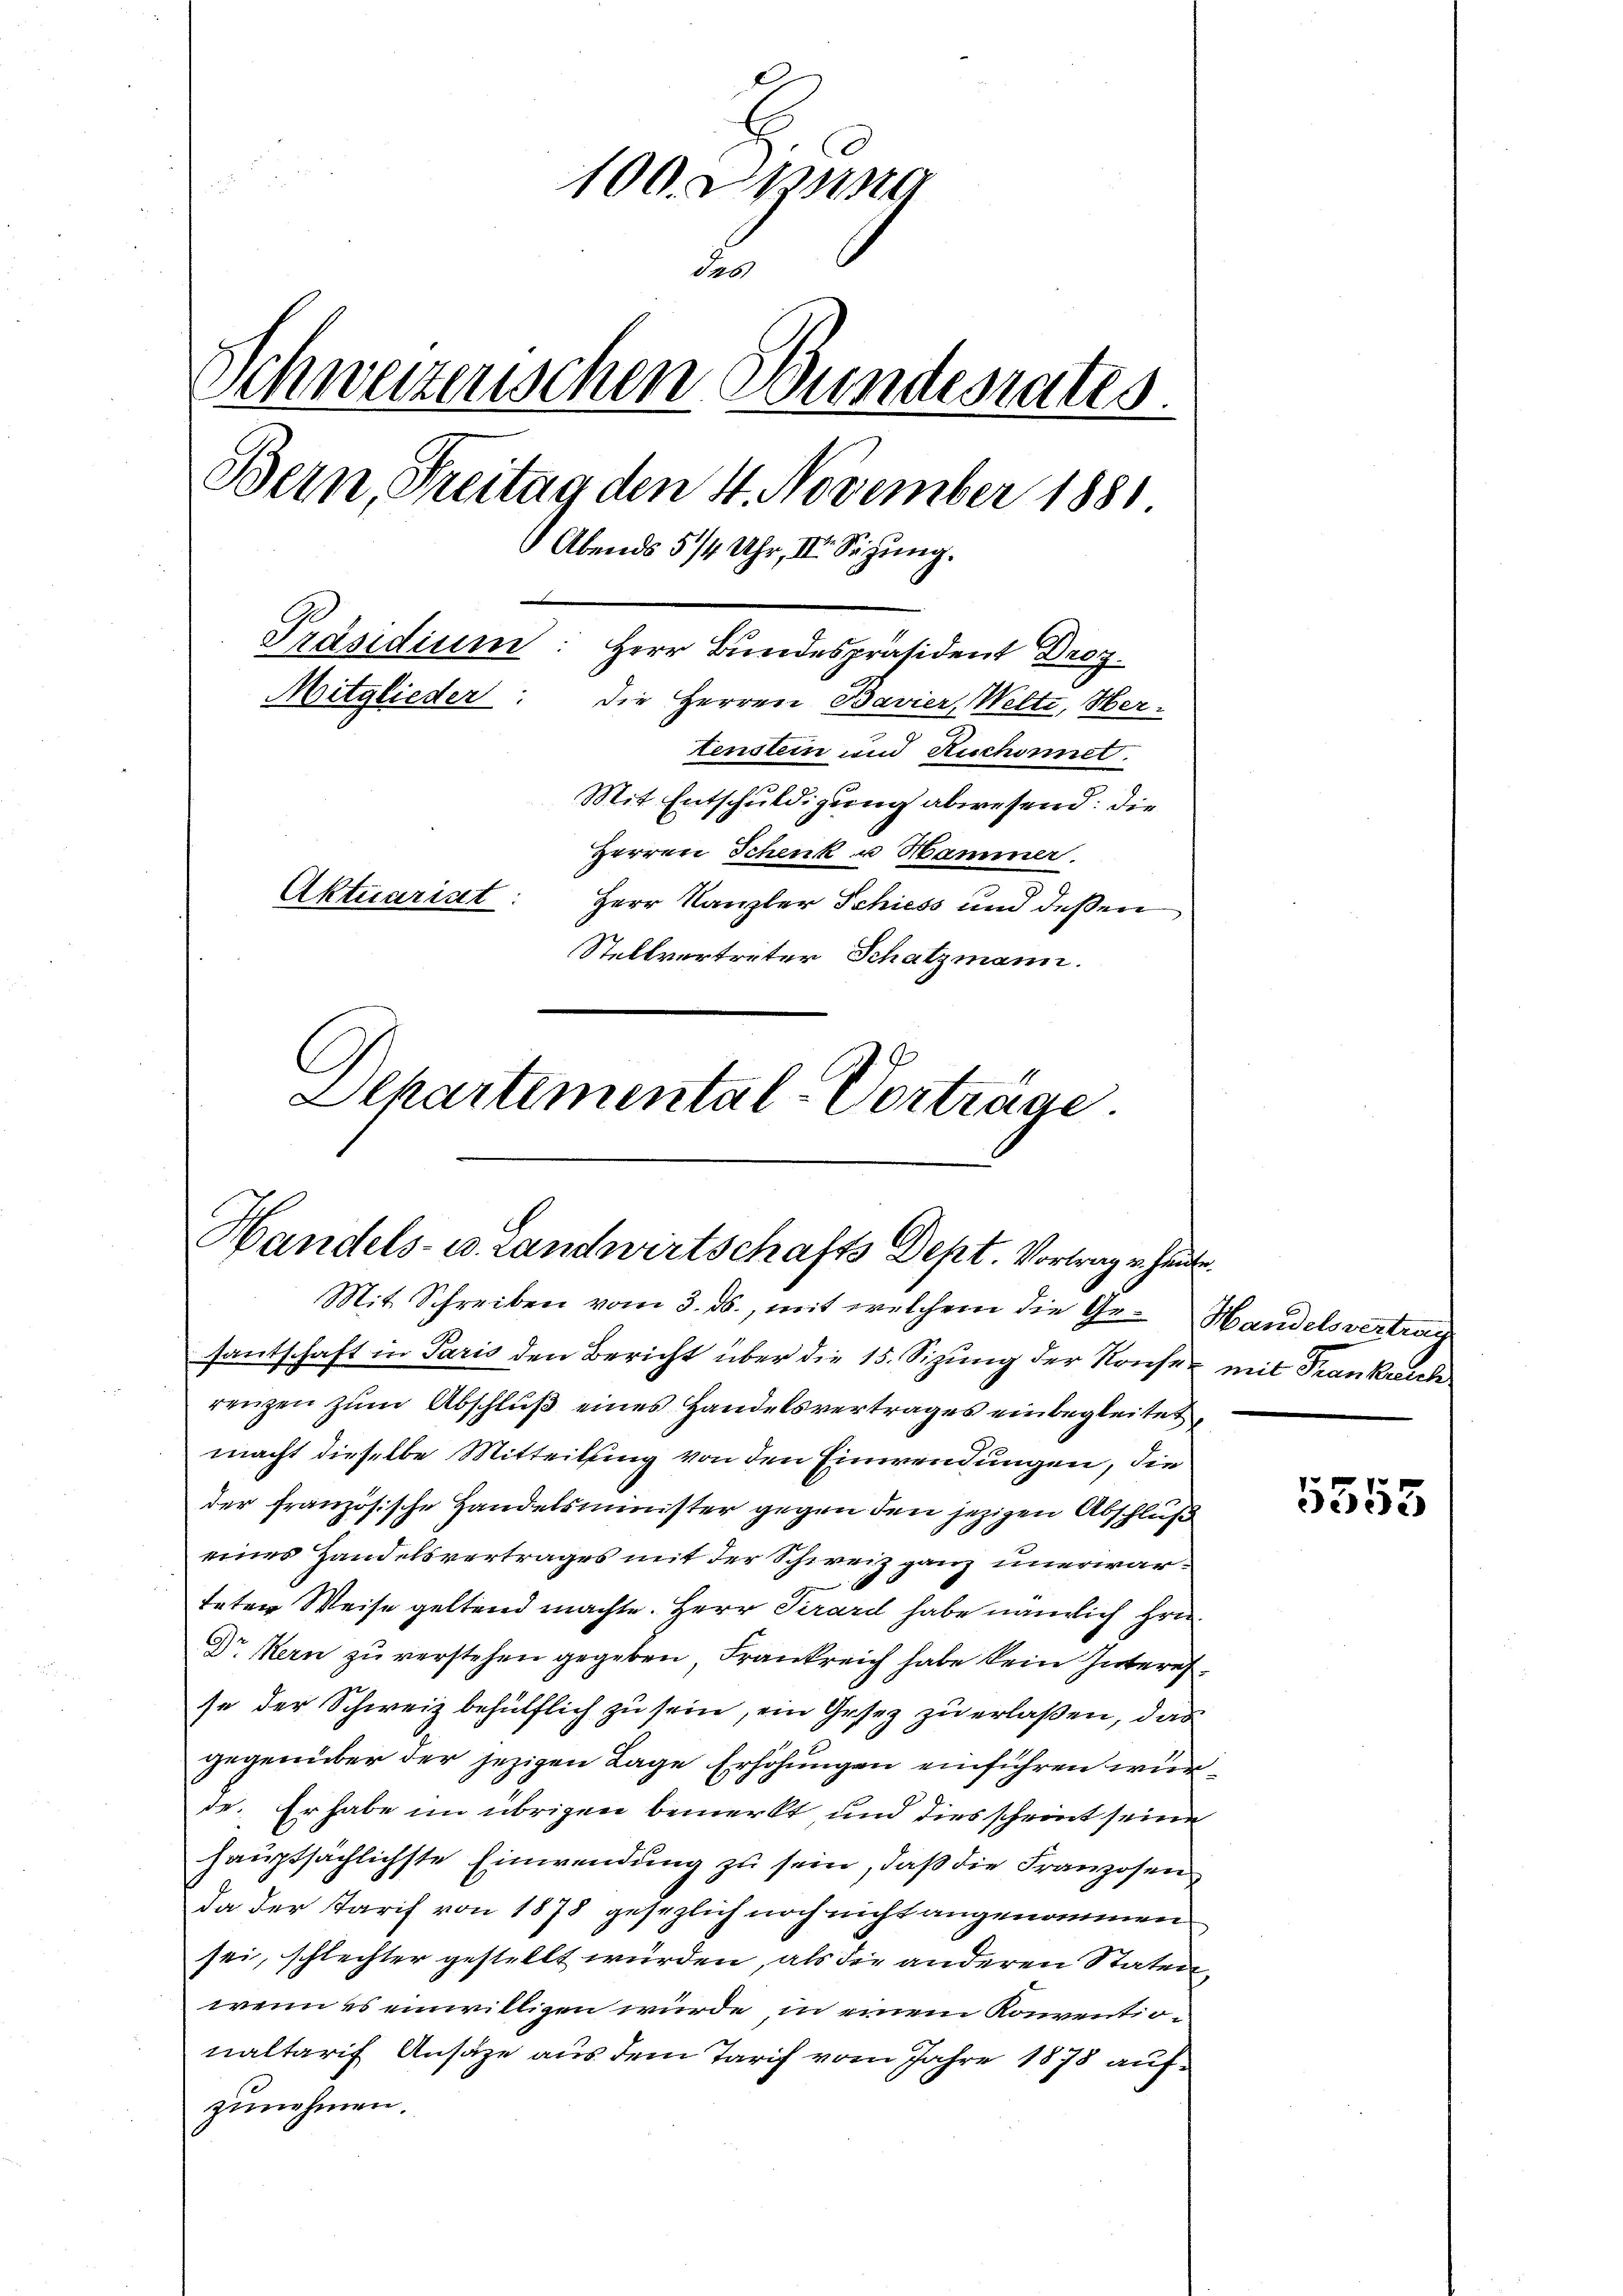
100. Jung
u
Schweizerischen Bundesrates.
Bern, Freitag den 4. November 1881.
Abends 5/4 Uhr, II. Segung.
Präsidium: Herr Bundespräsident Droz.
Mitglieder: die Herren Bavier, Welte, Hertenstein und Ruchonnet.
Mit Entschuldigung abwesend: die
Herren Schenk u. Hammer.
Aktuariat
Herr Kanzler Schiess und deßen
Stellvertreter Schatzmann.
C
Departemental-Vorträge.

Handels- u. Landwirtschafts Dept. Vortrage heute
Mit Schreiben vom 3. ds., mit welchem die Ge- Handelsvertrag

santschaft in Paris den Bericht über die 15. Sizung der Kaufen mit Trankreich
renzen zum Abschluß eines Handelsvertrages einbegleitet
macht dieselbe Mitteilung von den Einwendungen, die
der französische Handelsminister gegen den jezigen Abschluß
eines Handelsvertrages mit der Schweiz ganz unerward.
teten Weise geltend machte. Herr Girard habe nämlich Hrn.
Dr Kern zu verstehen gegeben, Frankreich habe kein Interesse der Schweiz behülflich zu sein, ein Gesez zu erlaßen, das
gegenüber der jezigen Lage Erhöhungen einführen würde. Er habe im übrigen bemerkt und dies scheint seine
hauptsächlichste Einwendung zu sein, daß die Franzosen
da der Tarif von 1878 gesezlich noch nicht angenommen
sei, schlechter gestellt würden, als die anderen Staten,
wenn es einwilligen würde, in einem Konventionaltarif Ansäze aus dem Tarif vom Jahre 1878 aufzunehmen.

5555